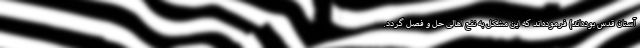
آستان قدس بوده‌اند) فرموده‌اند که این مشکل به نفع اهالی حل و فصل گردد.